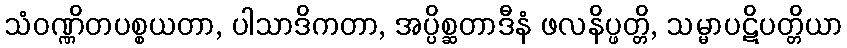
သံဝဏ္ဏိတပစ္စယတာ, ပါသာဒိကတာ, အပ္ပိစ္ဆတာဒီနံ ဖလနိပ္ဖတ္တိ, သမ္မာပဋိပတ္တိယာ